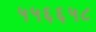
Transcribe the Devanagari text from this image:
५५६६५८